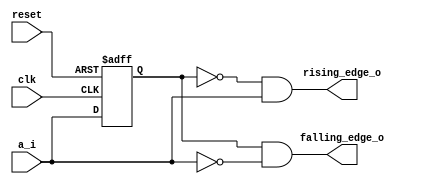
module day3 (rising_edge_o,falling_edge_o,a_i,reset,clk);
  input     clk,reset,a_i;
  output  reg  rising_edge_o,falling_edge_o;
 
reg a_ff;

always @(posedge clk or posedge reset) begin
    if (reset)
      a_ff <= 1'b0;
    else
      a_ff <= a_i;
end

assign rising_edge_o = ~a_ff & a_i;
assign falling_edge_o = a_ff & ~a_i;

endmodule